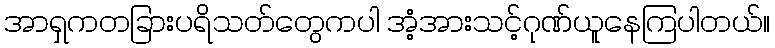
အာရှကတခြားပရိသတ်တွေကပါ အံ့အားသင့်ဂုဏ်ယူနေကြပါတယ်။